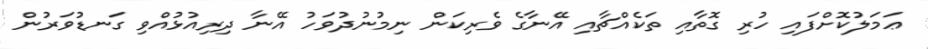
ޢަމަލުކޮށްފައި ހުރި ގޮތާއި ތަކެއްޗާއި އޭނާގެ ވެރިކަން ނިމުނުދުވަހު އޭނާ ދިރިއުޅުއްވި ގަނޑުވަރުން